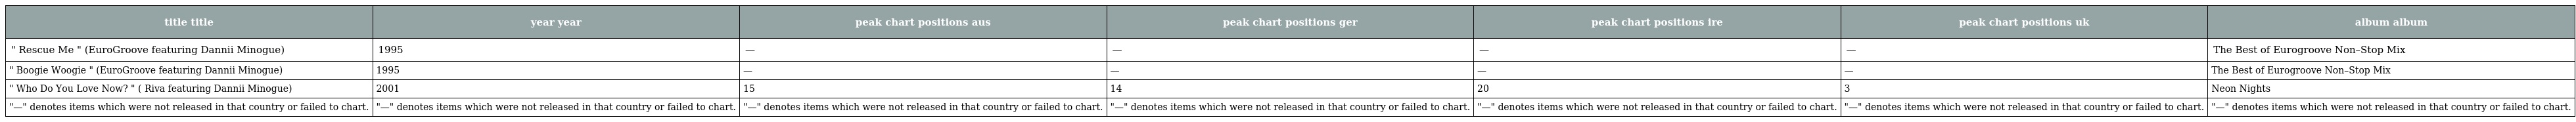
| title title | year year | peak chart positions aus | peak chart positions ger | peak chart positions ire | peak chart positions uk | album album |
 | --- | --- | --- | --- | --- | --- | --- |
 | " Rescue Me " (EuroGroove featuring Dannii Minogue) | 1995 | — | — | — | — | The Best of Eurogroove Non–Stop Mix |
 | " Boogie Woogie " (EuroGroove featuring Dannii Minogue) | 1995 | — | — | — | — | The Best of Eurogroove Non–Stop Mix |
 | " Who Do You Love Now? " ( Riva featuring Dannii Minogue) | 2001 | 15 | 14 | 20 | 3 | Neon Nights |
 | "—" denotes items which were not released in that country or failed to chart. | "—" denotes items which were not released in that country or failed to chart. | "—" denotes items which were not released in that country or failed to chart. | "—" denotes items which were not released in that country or failed to chart. | "—" denotes items which were not released in that country or failed to chart. | "—" denotes items which were not released in that country or failed to chart. | "—" denotes items which were not released in that country or failed to chart. |